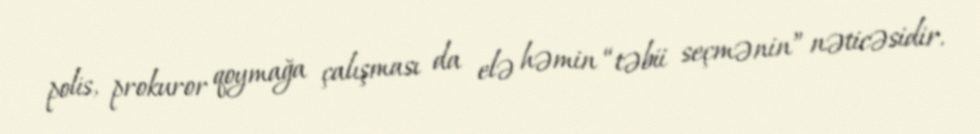
polis, prokuror qoymağa çalışması da elə həmin “təbii seçmənin” nəticəsidir.